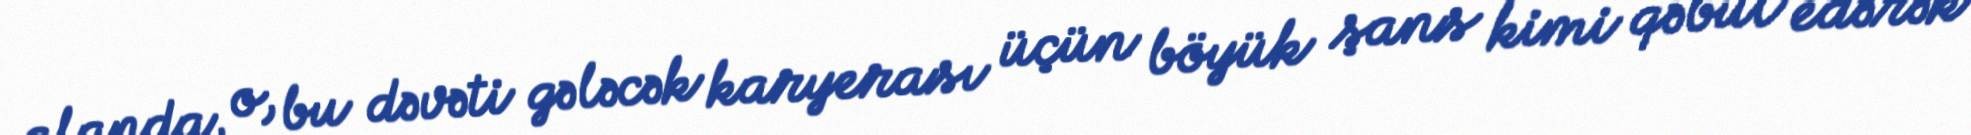
alanda, o, bu dəvəti gələcək karyerası üçün böyük şans kimi qəbul edərək